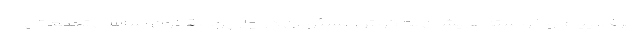
حرف، پیام و خواسته‌هایشان به گوش مسئولان در چارچوب قانون اساسی تجمعاتی